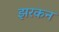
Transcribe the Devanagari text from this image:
झरकन